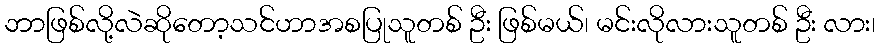
ဘာဖြစ်လို့လဲဆိုတော့သင်ဟာအစပြုသူတစ် ဦး ဖြစ်မယ်၊ မင်းလိုလားသူတစ် ဦး လား၊